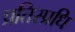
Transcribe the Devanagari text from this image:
प्रतिस्प्रधि